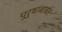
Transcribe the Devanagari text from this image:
पुरुषांबाबत